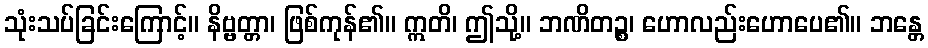
သုံးသပ်ခြင်းကြောင့်။ နိဗ္ဗတ္တာ၊ ဖြစ်ကုန်၏။ ဣတိ၊ ဤသို့။ ဘဏိတဉ္စ၊ ဟောလည်းဟောပေ၏။ ဘန္တေ